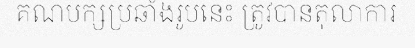
គណបក្សប្រឆាំងរូបនេះ ត្រូវបានតុលាការ